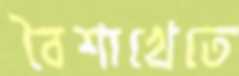
বৈশাখেতে